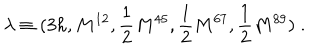
LaTeX: \lambda \equiv ( 3 h , M ^ { 1 2 } , { \frac { 1 } { 2 } } M ^ { 4 5 } , { \frac { 1 } { 2 } } M ^ { 6 7 } , { \frac { 1 } { 2 } } M ^ { 8 9 } ) \; .